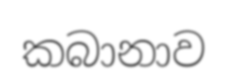
කබානාව